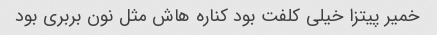
خمیر پیتزا خیلی کلفت بود کناره هاش مثل نون بربری بود